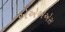
એએએએસ